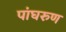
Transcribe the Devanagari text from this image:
पांघरुण